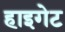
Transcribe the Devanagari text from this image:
हाइगेट